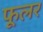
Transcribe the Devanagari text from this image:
फूलर